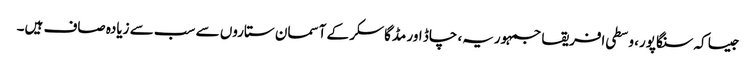
جیسا کہ سنگاپور، وسطی افریقا جمہوریہ، چاڈ اور مڈگاسکر کے آسمان ستاروں سے سب سے زیادہ صاف ہیں۔